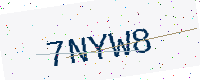
Text: 7NYW8